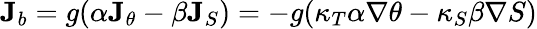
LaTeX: {\mathbf J}_{b}=g(\alpha{\mathbf J}_{\theta}-\beta{\mathbf J}_{S})=-g(\kappa_{T}\alpha\nabla\theta-\kappa_{S}\beta\nabla S)